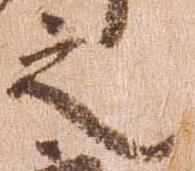
之